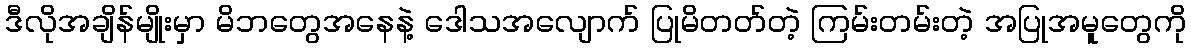
ဒီလိုအချိန်မျိုးမှာ မိဘတွေအနေနဲ့ ဒေါသအလျောက် ပြုမိတတ်တဲ့ ကြမ်းတမ်းတဲ့ အပြုအမူတွေကို